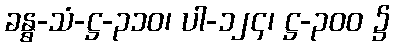
ခန္ဓ-သံ-ဋ္ဌ-၃၁၀၊ ပါ-၁၂၄၊ ဋ္ဌ-၃၀၀ ၌